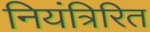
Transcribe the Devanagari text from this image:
नियंत्रिरित